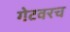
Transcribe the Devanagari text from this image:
गेटवरच